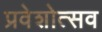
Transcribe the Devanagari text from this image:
प्रवेशोत्सव